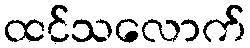
ထင်သလောက်